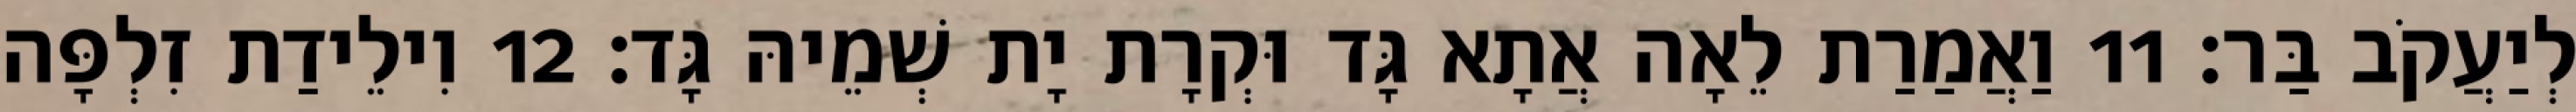
לְיַעֲקֹב בַּר׃ 11 וַאֲמַרַת לֵאָה אֲתָא גָּד וּקְרָת יָת שְׁמֵיהּ גָּד׃ 12 וִילֵידַת זִלְפָּה